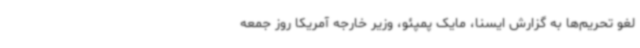
لغو تحریم‌ها به گزارش ایسنا، مایک پمپئو، وزیر خارجه آمریکا روز جمعه